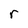
Character: r